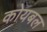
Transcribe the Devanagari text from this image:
कोयबल